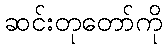
ဆင်းတုတော်ကို